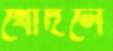
খোদলে